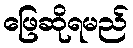
ဖြေဆိုရမည်